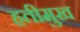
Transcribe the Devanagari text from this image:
हतीमुख